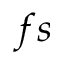
f s